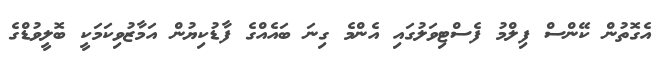
އެގޮތުން ކޭންސް ފިލްމު ފެސްޓިވަލުގައި އެންމެ ގިނަ ބައެއްގެ ފާޑުކިޔުން އަމާޒުވިކަމަކީ ބޮލީވުޑްގެ